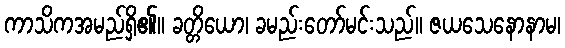
ကာသိကအမည်ရှိ၏။ ခတ္တိယော၊ ခမည်းတော်မင်းသည်။ ဇယသေနောနာမ၊